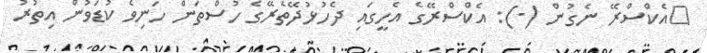
އެކްސްރޭ ނެގުން (-): އެކްސްރޭގެ އެހީގައި ދެހުޅުދޭތެރޭގެ ހުސްތަން ހަނިވެ ކުޑަވުން އިތުރު